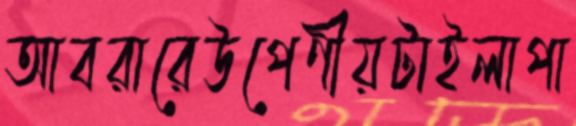
আবরারেউপেণীয়টাইলাপা